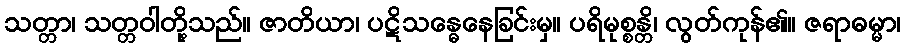
သတ္တာ၊ သတ္တဝါတို့သည်။ ဇာတိယာ၊ ပဋိသန္ဓေနေခြင်းမှ။ ပရိမုစ္စန္တိ၊ လွတ်ကုန်၏။ ဇရာဓမ္မာ၊